King Institute of Preventive Medicine Bacteriolog. Section reports 1907-08
Year: 1907
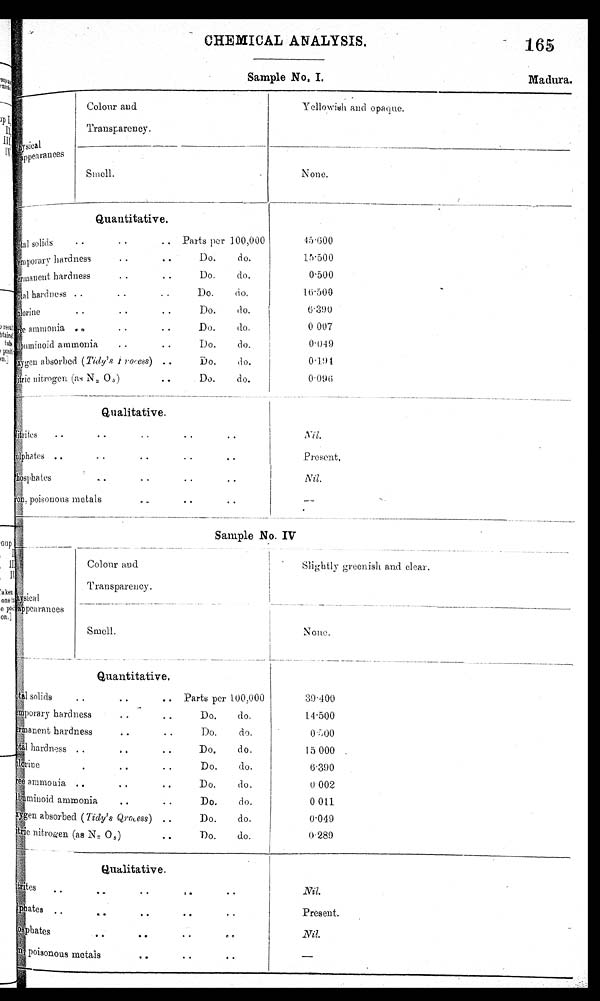
CHEMICAL ANALYSIS.
165
Sample No. I. Madura.
physical
a p p e a r a n c e s
Colour and
Transparency.
Smell.
Yellowish and opaque.
None.
Quantitative
t o t a l
solids
. .
..
.. Parts per 100,000
Do.
do.
Temporary hardness
Pe
rmanent
Total hardness
. .
..
Do.
do.
..
. .
..
Do.
do.
Chlorine . . . . Do.
do.
Free ammonia . . . . Do. do.
Albuminoid ammonia
. •
. .
Do.
do.
Oxygen
absorbed (Tidy's Process) . .
Do.
do.
Nitric nitrogen (as N2 05) .. Do. do.
45.600
1 5 . 5 0 0
0.500
1 6 . 5 0 0
6 • 3 9 0
0 . 0 0 7
0.049
0 . 1 9 4
0•096
Quatitative.
N i t r i t e s
Sulphates
Phosphates
Iron, poisonous metals
N i l .
P r e s e n t .
N i l .
—
Sample No. IV
Colour and
Transparency.
physical
appearances
Smell.
Slightly greenish and clear.
None.
----------- • • - --•
----_-____
.______---
Q u a n t i t a t i v e
T o t a l
Solids
.. Parts per 100,000
Temporary hardness .. .. Do. do.
Per manent
hardness
. .
Do.
do.
Total
hardness
.
do.
Do.
Chlorine
Free ammonia ..Do. do.
.
. .
l b u m i n o i d
Albuminoid ammonia
Do.
do.
..
. .
O x y g e n
Oxygen absorbed (Tidy's Qrocess) . . Do. do.
tric nitrogen(as N2 O5) Do. do. ..
3 9 • 4 0 0
14.500
0 . 5 0 0
1 5 . 0 0 0
6.390
0. 002
0 . 0 1 1
0.049
O•289
-
Qualitative.
Ntrites
. ...
• •
.
• •
Nil.
Present.
Nil.
—